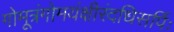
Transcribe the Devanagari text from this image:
गोमूत्रंगोमयंक्षीरंदधिसर्पिः